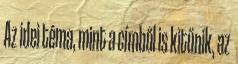
Az idei téma, mint a címből is kitűnik, az